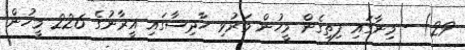
29) - މިނާގައި ފިތިގެން މީހުން މަރުވި ހާދިސާގައި އީރާނުގެ 226 މީހުން